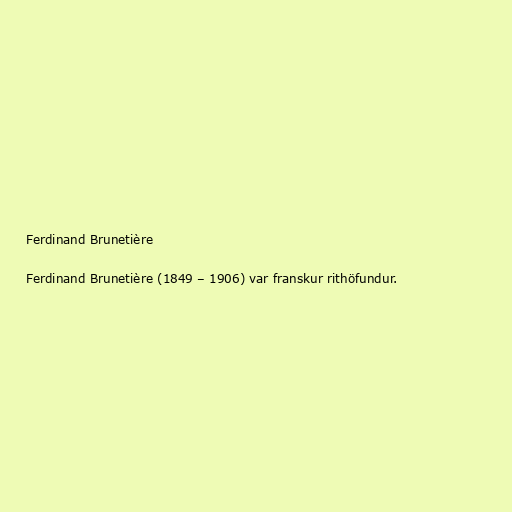
Ferdinand Brunetière

Ferdinand Brunetière (1849 – 1906) var franskur rithöfundur.